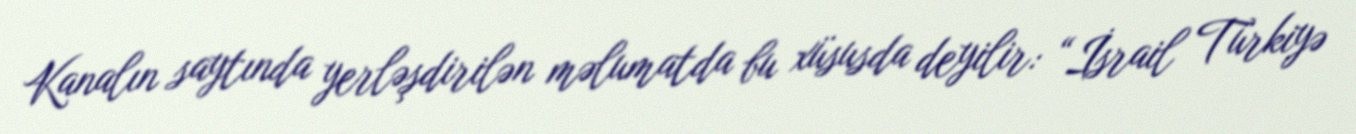
Kanalın saytında yerləşdirilən məlumatda bu xüsusda deyilir: “İsrail Türkiyə